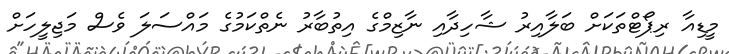
މީޑިއާ ރިޕޯޓްތަކަށް ބަލާއިރު ޝާހިދާއި ނާޒިމްގެ އިތުބާރު ނެތްކަމުގެ މައްސަލަ ވެސް މަޖިލީހަށް